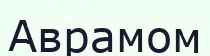
Аврамом